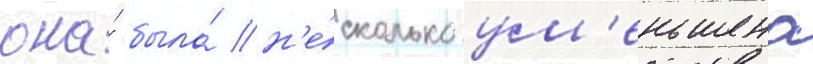
она́ была́ н'е́сколько ум'еньшена